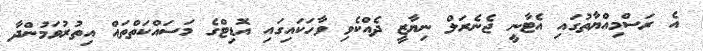
އެ ރަސްމިއްޔާތުގައި އެޓާނީ ޖެނެރަލް ނިޔާޒީ ދެއްކެވި ވާހަކައިގައި އޮޑިޓްގެ މަސައްކަތްތައް އިތުރުވަމުންދާ